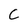
Character: C